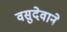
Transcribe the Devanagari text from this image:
वसुदेवाने